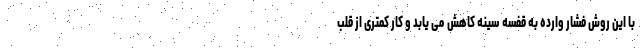
با این روش فشار وارده به قفسه سینه کاهش می یابد و کار کمتری از قلب